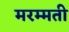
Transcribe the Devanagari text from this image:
मरम्‍मती